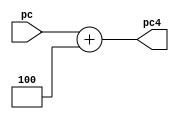
module pcplus4(input[31:0] pc,output[31:0]  pc4);
assign pc4=pc+32'd4;
endmodule